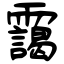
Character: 靄